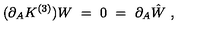
( \partial _ { A } K ^ { ( 3 ) } ) W \ = \ 0 \ = \ \partial _ { A } \hat { W } \ ,